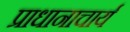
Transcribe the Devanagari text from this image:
प्राधानाचार्य